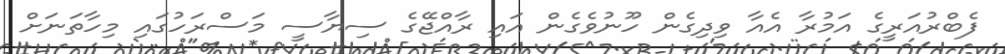
ފެބްރުއަރީގެ އަމުރާ އެއާ ވިދިގެން ހޫނުވެގެން އައި ރާއްޖޭގެ ސިޔާސީ މަސްރަހުގައި މިހާތަނަށް